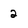
Character: 2